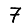
Digit: 7